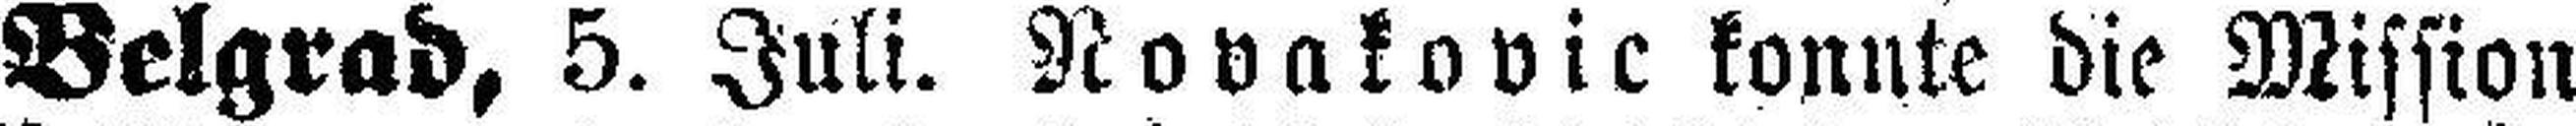
Belgrad, 5. Juli. Novakovic konnte die Mission